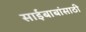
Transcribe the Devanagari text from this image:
साईबाबांसाठी